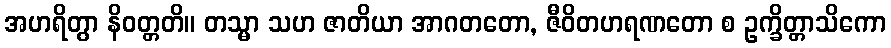
အဟရိတွာ နိဝတ္တတိ။ တသ္မာ သဟ ဇာတိယာ အာဂတတော, ဇီဝိတဟရဏတော စ ဥက္ခိတ္တာသိကော